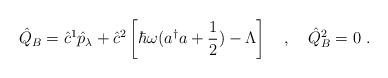
LaTeX: \begin{align*}\hat{Q}_B=\hat{c}^1\hat{p}_\lambda+\hat{c}^2\left[\hbar\omega(a^\dagger a+\frac{1}{2})-\Lambda\right]\ \ \ ,\ \ \ \hat{Q}^2_B=0\ .\end{align*}